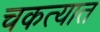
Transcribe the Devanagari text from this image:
चकत्यात